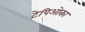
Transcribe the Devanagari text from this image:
टेपिओका